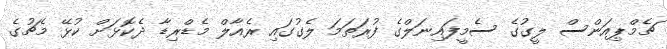
ޗެމްޕިއަންސް ލީގުގެ ސެމީފައިނަލްގެ ފުރަތަމަ ލެގުގައި ރެއާލް މެޑްރިޑާ ދެކޮޅަށް ކުޅޭ މެޗުގެ